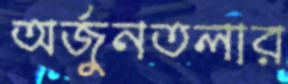
অর্জুনতলার